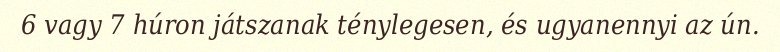
6 vagy 7 húron játszanak ténylegesen, és ugyanennyi az ún.